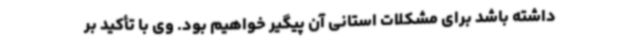
داشته باشد برای مشکلات استانی آن پیگیر خواهیم بود. وی با تأکید بر